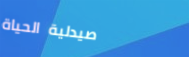
صيدلية الحياة